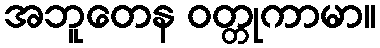
အဘူတေန ဝတ္တုကာမာ။